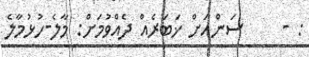
: -     ސަންއަށް ޚަބަރެއް ދެއްވުމަށް: މާލެ-ހުޅުމާލެ